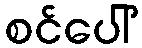
စင်ပေါ်